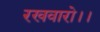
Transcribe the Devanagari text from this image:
रखवारो।।